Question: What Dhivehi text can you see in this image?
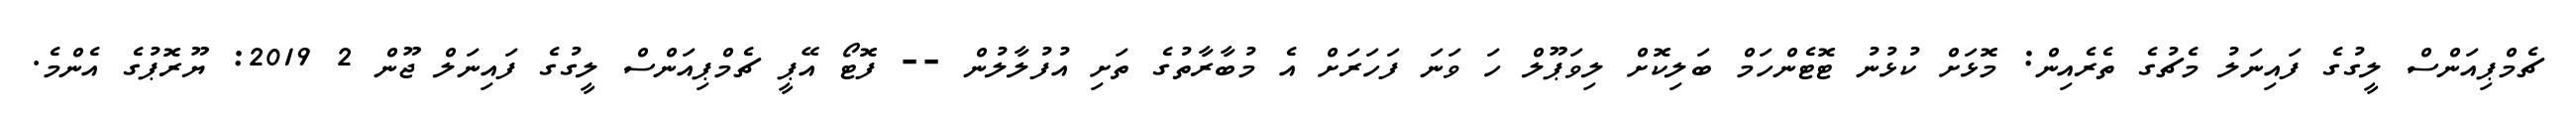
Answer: ޗެމްޕިއަންސް ލީގުގެ ފައިނަލު މެޗުގެ ތެރެއިން: މޮޅަށް ކުޅުނު ޓޮޓެންހަމް ބަލިކޮށް ލިވަޕޫލް ހަ ވަނަ ފަހަރަށް އެ މުބާރާތުގެ ތަށި އުފުލާލުން -- ފޮޓޯ އޭޕީ ޗެމްޕިއަންސް ލީގުގެ ފައިނަލް ޖޫން 2 2019: ޔޫރޮޕުގެ އެންމެ.